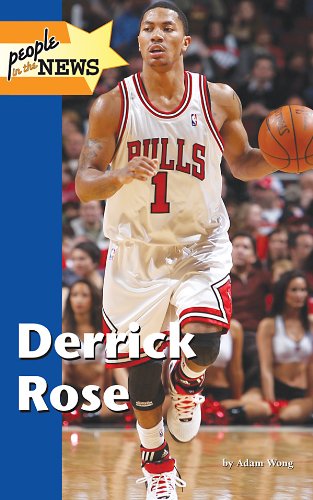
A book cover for Derrick Rose (People in the News); Adam Woog; Teen & Young Adult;